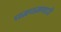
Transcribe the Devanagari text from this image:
चमचमणारी